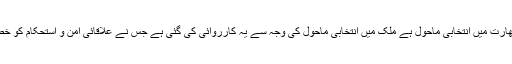
اجلاس میں کہا گیا ہے کہ بھارت میں انتخابی ماحول ہے ملک میں انتخابی ماحول کی وجہ سے یہ کارروائی کی گئی ہے جس نے علاقائی امن و استحکام کو خطرے سے دوچار کردیا ہے۔